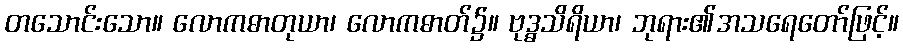
တသောင်းသော။ လောကဓာတုယာ၊ လောကဓာတ်၌။ ဗုဒ္ဓသိရိယာ၊ ဘုရား၏အသရေတော်ဖြင့်။